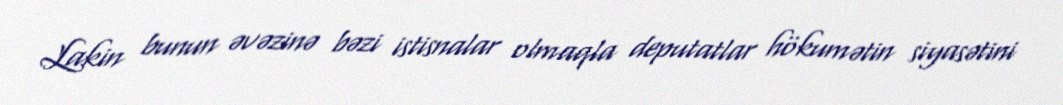
Lakin bunun əvəzinə bəzi istisnalar olmaqla deputatlar hökumətin siyasətini